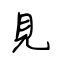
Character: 見